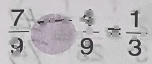
\frac { 7 } { 9 } - \frac { 4 } { 9 } = \frac { 1 } { 3 }